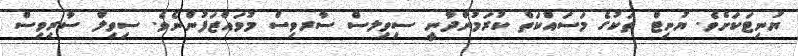
ޔުނިޓަކަށެވެ. ޔުނިޓް ތަކުގެ މަސައްކަތް ކުރަމުންދާނީ ސިވިލސް ސާރވިސް މުވައްޒަފުންނެވެ. ސިވިލް ސާރިވިސް